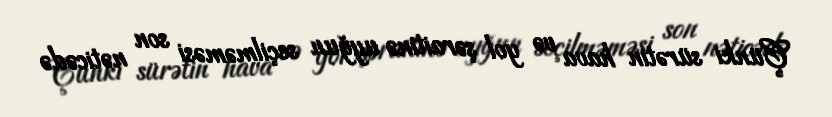
Çünki sürətin hava və yol şəraitinə uyğun seçilməməsi son nəticədə